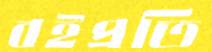
বইপ্রতি